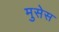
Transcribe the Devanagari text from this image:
मुसेस